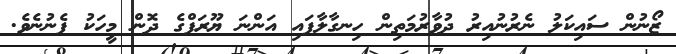
ޒޯނުން ސައިކަލު ނެރުނުއިރު ދުވާރުމަތިން ހިނގާލާފައި އަންނަ ޔޫރަޕްގެ ދޮން މީހަކު ފެނުނެވެ.